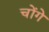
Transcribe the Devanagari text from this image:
चोंगे